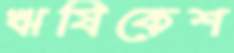
ঋষিকেশ